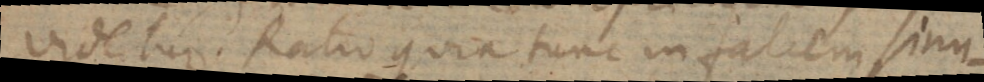
videtur. Ratio quia tunc in falcem sinu-